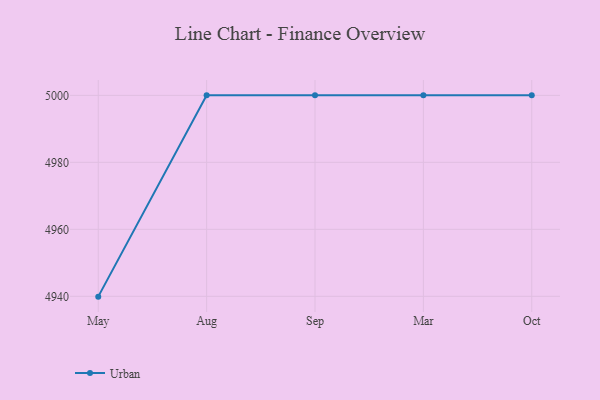
{"axis": {"x": "Month", "y": "Satisfaction Score"}, "legend": ["Urban"], "data": [{"x": "May", "y": 4939.9, "type": "Urban"}, {"x": "Aug", "y": 5000, "type": "Urban"}, {"x": "Sep", "y": 5000, "type": "Urban"}, {"x": "Mar", "y": 5000, "type": "Urban"}, {"x": "Oct", "y": 5000, "type": "Urban"}]}